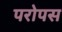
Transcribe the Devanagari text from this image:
परोपस